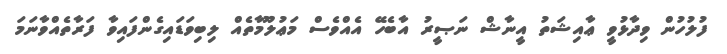
ފުލުހުން ވިދާޅުވީ ޢާއިޝަތު އީނާޝް ނަޞީރު އާބެހޭ އެއްވެސް މަޢުލޫމާތެއް ލިބިވަޑައިގެންފައިވާ ފަރާތެއްވާނަމަ